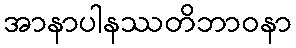
အာနာပါနဿတိဘာဝနာ